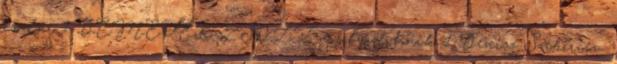
csodái 1 DEMETER ZSOLT mosolyod haik 1 Denisz Szibircev: